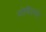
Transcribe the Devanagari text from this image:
गोविंदचंद